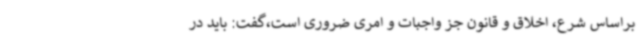
براساس شرع، اخلاق و قانون جز واجبات و امری ضروری است،گفت: باید در